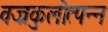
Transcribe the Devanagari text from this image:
वज्रकुलोत्पन्न